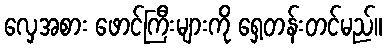
လှေအစား ဖောင်ကြီးများကို ရှေ့တန်းတင်မည်။